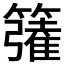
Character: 𮆦